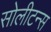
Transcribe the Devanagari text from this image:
सोलीटन्स